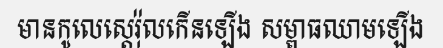
មានកូលេស្តេរ៉ុលកើនឡើង សម្ពាធឈាមឡើង